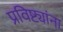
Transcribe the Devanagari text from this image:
प्रविष्ट्यांना